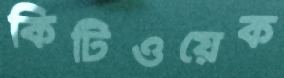
কিটিওয়েক